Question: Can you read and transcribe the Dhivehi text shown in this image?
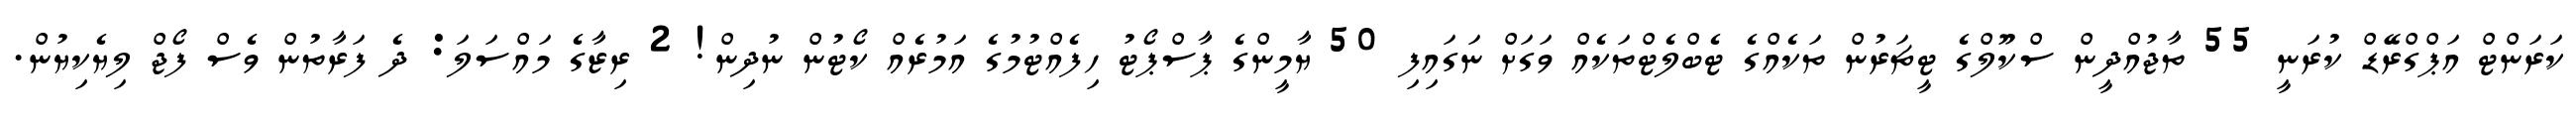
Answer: ކަރަންޓް އަޕްގްރޭޑް ކުރަނީ 55 ތާޖުއްދީން ސްކޫލްގެ ޓީޗަރުން ތަކެއްގެ ޓެބްލެޓްތަކެއް ވަގަށް ނަގައިފި 50 ޔާމީންގެ ޕާސްޕޯޓު ހިފެއްޓުމުގެ އަމުރެއް ކޯޓުން ނުދިން! 2 ރިޒާގެ މައްސަލަ: ދެ ފަރާތުން ވެސް ފޯޖް ލިޔެކިޔުން.